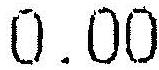
0.00